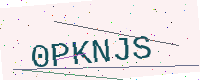
Text: 0PKNJS